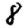
Digit: 8